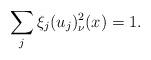
LaTeX: \begin{align*}\sum_j \xi_j (u_j)_\nu^2 (x) = 1.\end{align*}